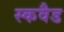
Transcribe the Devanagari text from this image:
स्कवैड